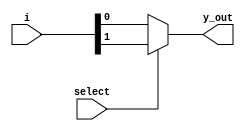
`timescale 1ns / 1ps

module mux_2_1(
    input [1:0] i,
    input select,
    output y_out    
    );
    assign y_out= select ? i[1] : i[0];
endmodule


module gates_mux(
    input a,b,
    output and_out,
    output or_out,
    output not_out
    );

    mux_2_1 mand({b, 1'b0}, a, and_out);

    mux_2_1 mor({1'b1, b}, a, or_out);

    mux_2_1 mnot({1'b0, 1'b1}, a, not_out);    
    
endmodule